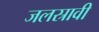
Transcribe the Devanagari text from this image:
जलस्रावी